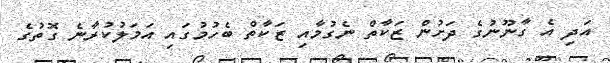
އަދި އެ ގާނޫނުގެ ދަށުން ޒަކާތް ނެގުމާއި ޒަކާތް ބެހުމުގައި އަމަލުކުރާނެ ގޮތުގެ